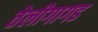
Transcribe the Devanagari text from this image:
तेलीगागड